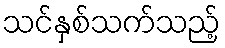
သင်နှစ်သက်သည့်